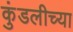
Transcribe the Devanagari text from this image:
कुंडलीच्या